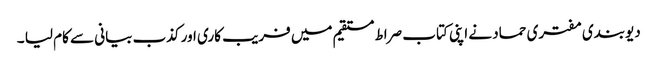
دیوبندی مفتری حماد نے اپنی کتاب صراط مستقیم میں فریب کاری اور کذب بیانی سے کام لیا ۔